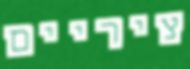
ציריים